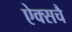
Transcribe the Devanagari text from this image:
ऐक्सचै